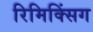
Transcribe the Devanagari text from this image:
रिमिक्सिंग